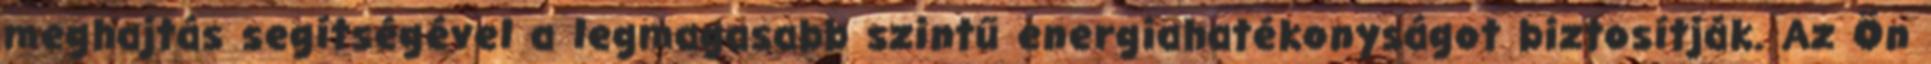
meghajtás segítségével a legmagasabb szintű energiahatékonyságot biztosítják. Az Ön